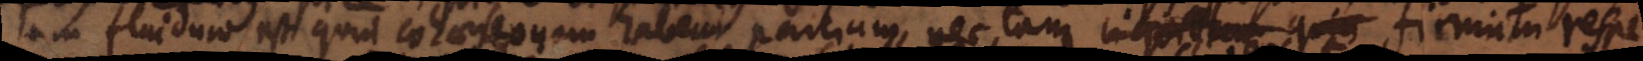
tam fluidum est quin cohaesionem habeat partium, nec tam inquietem quin firmum respe